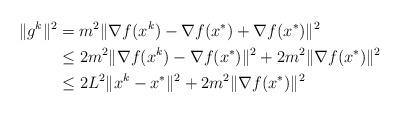
LaTeX: \begin{align*}\begin{aligned}\begin{aligned}\|g^k\|^2 &=m^2\|\nabla f(x^k)-\nabla f(x^*)+\nabla f(x^*)\|^2 \\&\leq 2m^2\|\nabla f(x^k)-\nabla f(x^*)\|^2+2m^2\|\nabla f(x^*)\|^2\\&\le 2L^2\|x^k- x^*\|^2+2m^2\|\nabla f(x^*)\|^2\end{aligned}\end{aligned}\end{align*}